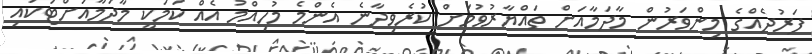
ފަރުދެއްގެ މިންވަރުން މާދަމާއަށް ތައްޔާރުވުމަށް ކުރެވިދާނެ އެންމެ މުހިއްމު އެއް ކަމަކީ މާދަމާއަށްޓަކައި